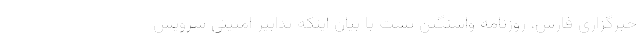
خبرگزاری فارس، روزنامه واشنگتن پست با بیان اینکه تدابیر امنیتی سرویس